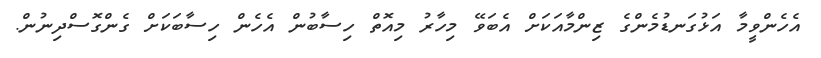
އެހެންވީމާ އަޅުގަނޑުމެންގެ ޒިންމާއަކަށް އެބަވޭ މިހާރު މިއޮތް ހިސާބުން އެހެން ހިސާބަކަށް ގެންގޮސްދިނުން.